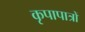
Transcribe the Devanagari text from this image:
कृपापात्रों